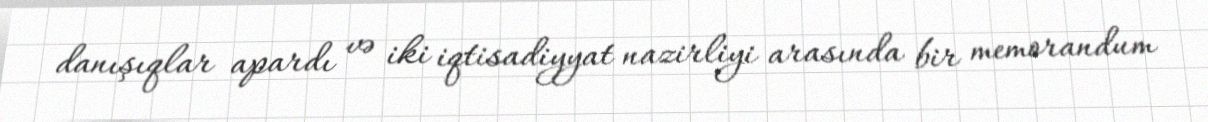
danışıqlar apardı və iki iqtisadiyyat nazirliyi arasında bir memorandum